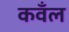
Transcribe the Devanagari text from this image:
कवँल